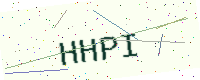
Text: HHPI